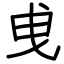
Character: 曵